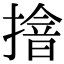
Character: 摿